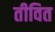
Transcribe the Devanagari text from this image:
तीवित